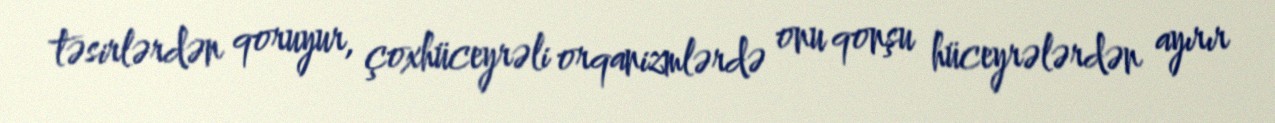
təsirlərdən qoruyur, çoxhüceyrəli orqanizmlərdə onu qonşu hüceyrələrdən ayırır